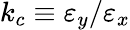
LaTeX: k_{c}\equiv\varepsilon_{y}/\varepsilon_{x}